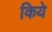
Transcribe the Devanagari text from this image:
किये